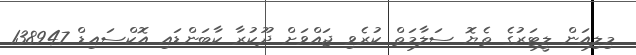
މިލިއަން ލީޓަރުގެ ތެޔޮ ސަލާމަތް ކުރެވި ޖައްވަށް ދޫކުރާ ކާބަންޑައި އޮކްސައިޑް 138947